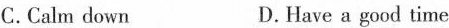
C. Calm down D. Have a good time